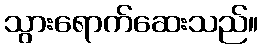
သွားရောက်ဆေးသည်။